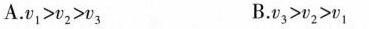
A.$$v_{1} > v_{2} > v_{3} $$B.$$v_{3} > v_{2} > v_{1}$$